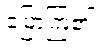
ပြောကြ၏။